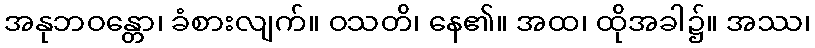
အနုဘဝန္တော၊ ခံစားလျက်။ ဝသတိ၊ နေ၏။ အထ၊ ထိုအခါ၌။ အဿ၊